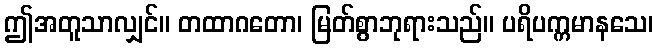
ဤအတူသာလျှင်။ တထာဂတော၊ မြတ်စွာဘုရားသည်။ ပရိပက္ကမာနသေ၊